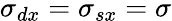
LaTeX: \sigma_{dx}=\sigma_{sx}=\sigma